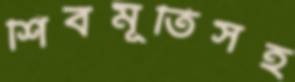
শিবমূর্তিসহ